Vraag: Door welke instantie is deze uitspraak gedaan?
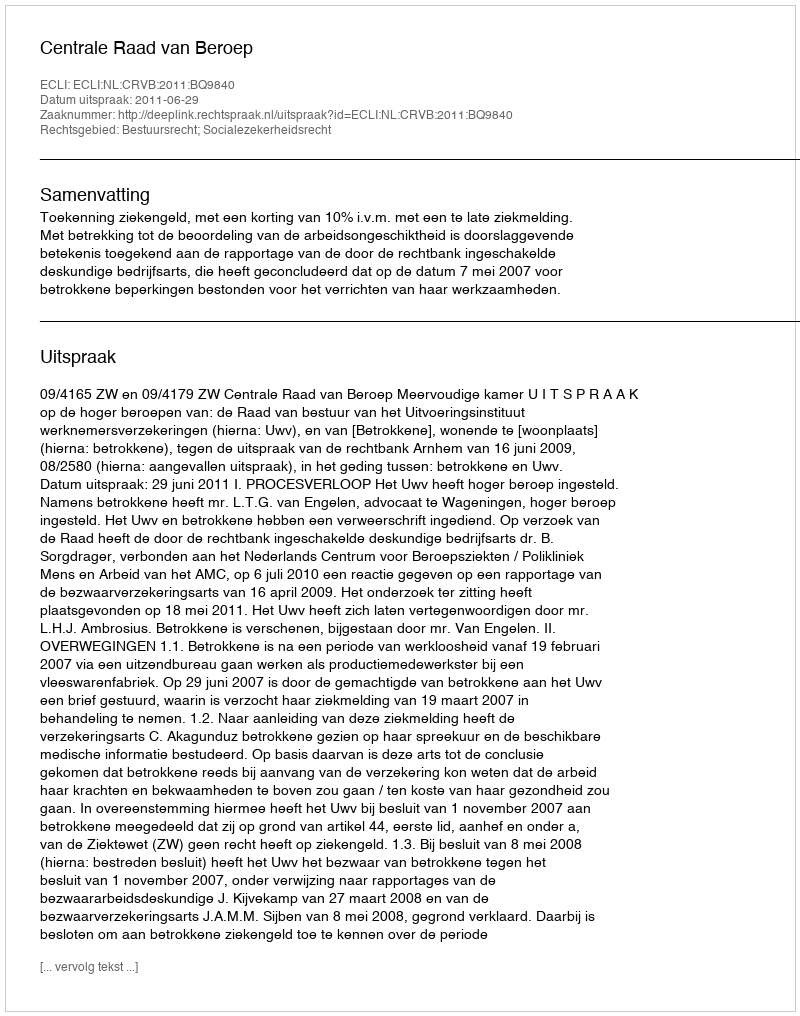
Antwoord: Centrale Raad van Beroep